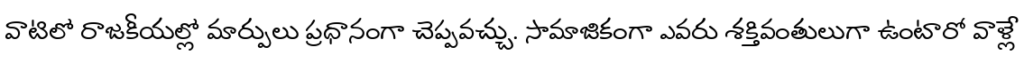
వాటిలో రాజకీయల్లో మార్పులు ప్రధానంగా చెప్పవచ్చు. సామాజికంగా ఎవరు శక్తివంతులుగా ఉంటారో వాళ్లే